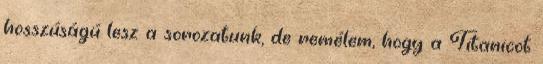
hosszúságú lesz a sorozatunk, de remélem, hogy a Titanicot